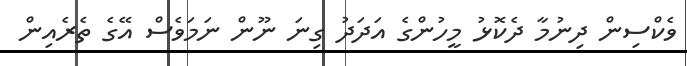
ވެކްސިން ދިނުމާ ދެކޮޅު މީހުންގެ އަދަދު ގިނަ ނޫން ނަމަވެސް އޭގެ ތެރެއިން